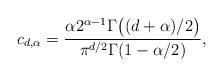
LaTeX: \begin{align*}c_{d,\alpha}=\frac{ \alpha 2^{\alpha-1}\Gamma\big((d+\alpha)/2\big)}{\pi^{d/2}\Gamma(1-\alpha/2)},\end{align*}